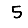
Digit: 5